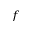
_ f